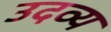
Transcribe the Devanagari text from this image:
उदव्य